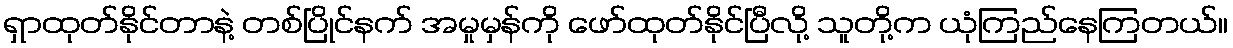
ရှာထုတ်နိုင်တာနဲ့ တစ်ပြိုင်နက် အမှုမှန်ကို ဖော်ထုတ်နိုင်ပြီလို့ သူတို့က ယုံကြည်နေကြတယ်။